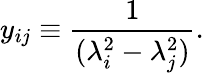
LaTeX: y_{ij}\equiv\frac{1}{(\lambda_{i}^{2}-\lambda_{j}^{2})}.